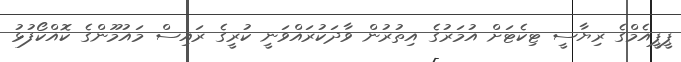
ޕީޕީއެމްގެ ރިޔާސީ ޓިކެޓަށް އުމަރުގެ އިތުރުން ވާދަކުރައްވަނީ ކުރީގެ ރައިސް މައުމޫންގެ ކޮއްކޯފުޅު